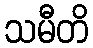
သမီတိ